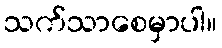
သက်သာစေမှာပါ။